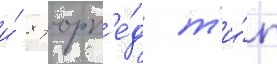
и́ 8 торп'е́д т'и́п